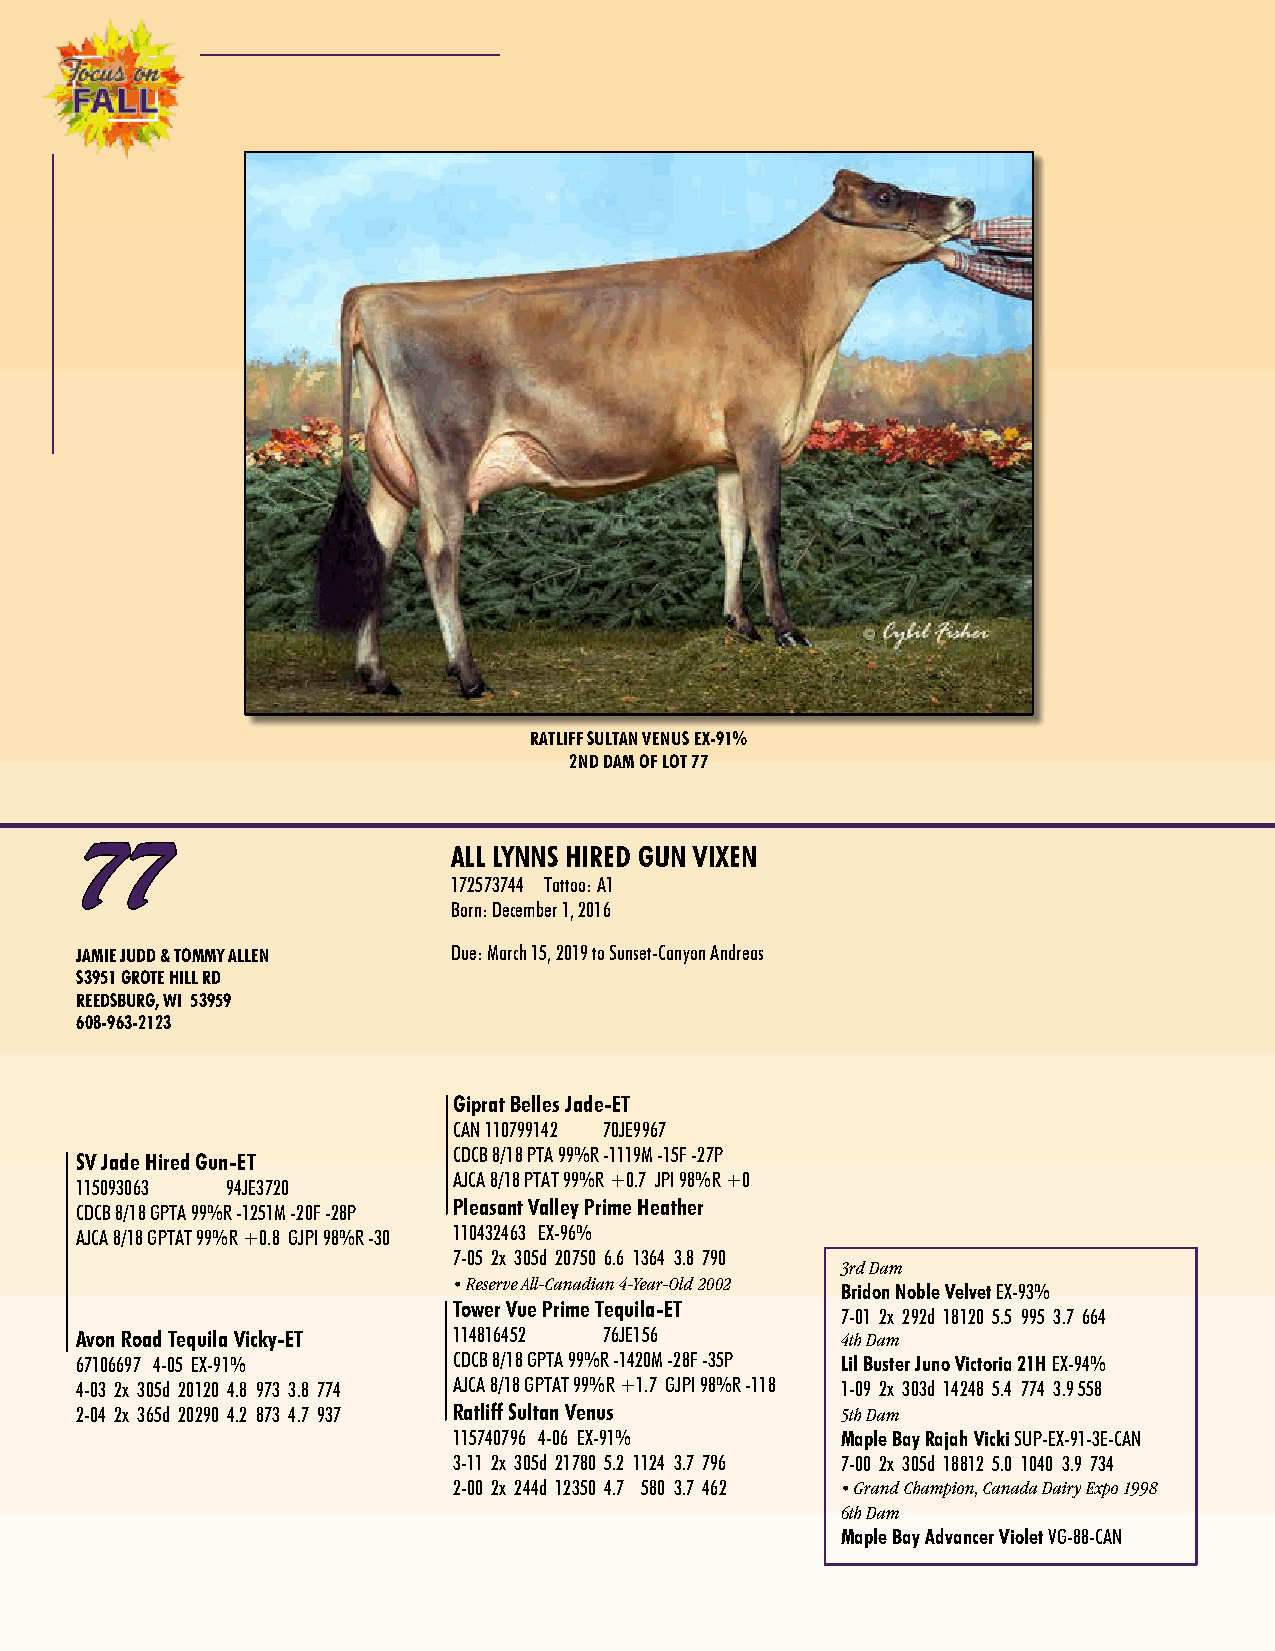
RATLIFF SULTAN VENUS EX-91%
 2ND DAM OF LOT 77
 77
 ALL LYNNS HIRED GUN VIXEN
 172573744 Tattoo: A1
 Born: December 1, 2016
 JAMIE JUDD & TOMMY ALLEN Due: March 15, 2019 to Sunset-Canyon Andreas
 S3951 GROTE HILL RD
 REEDSBURG, WI 53959
 608-963-2123
 Giprat Belles Jade-ET
 CAN 110799142 70JE9967
 SV Jade Hired Gun-ET     CDCB 8/18 PTA 99%R -1119M -15F -27P
 AJCA 8/18 PTAT 99%R +0.7 JPI 98%R +0
 115093063 94JE3720
 Pleasant Valley Prime Heather
 CDCB 8/18 GPTA 99%R -1251M -20F -28P
 AJCA 8/18 GPTAT 99%R +0.8 GJPI 98%R -30 110432463 EX-96%
 7-05 2x 305d 20750 6.6 1364 3.8 790
 3rd Dam
 • Reserve All-Canadian 4-Year-Old 2002
 Bridon Noble Velvet EX-93%
 Tower Vue Prime Tequila-ET
 7-01 2x 292d 18120 5.5 995 3.7 664
 Avon Road Tequila Vicky-ET 114816452 76JE156       4th Dam
 67106697 4-05 EX-91%     CDCB 8/18 GPTA 99%R -1420M -28F -35P Lil Buster Juno Victoria 21H EX-94%
 4-03 2x 305d 20120 4.8 973 3.8 774 AJCA 8/18 GPTAT 99%R +1.7 GJPI 98%R -118 1-09 2x 303d 14248 5.4 774 3.9 558
 2-04 2x 365d 20290 4.2 873 4.7 937 Ratliff Sultan Venus 5th Dam
 115740796 4-06 EX-91%     Maple Bay Rajah Vicki SUP-EX-91-3E-CAN
 3-11 2x 305d 21780 5.2 1124 3.7 796 7-00 2x 305d 18812 5.0 1040 3.9 734
 2-00 2x 244d 12350 4.7 580 3.7 462 • Grand Champion, Canada Dairy Expo 1998
 6th Dam
 Maple Bay Advancer Violet VG-88-CAN